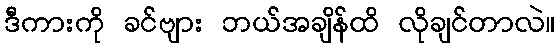
ဒီကားကို ခင်ဗျား ဘယ်အချိန်ထိ လိုချင်တာလဲ။